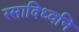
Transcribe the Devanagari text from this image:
रसादिध्वनि